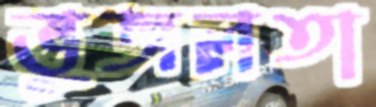
ভুজলতা